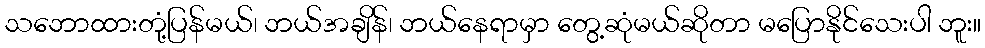
သဘောထားတုံ့ပြန်မယ်၊ ဘယ်အချိန်၊ ဘယ်နေရာမှာ တွေ့ဆုံမယ်ဆိုတာ မပြောနိုင်သေးပါ ဘူး။